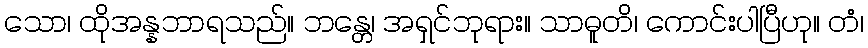
သော၊ ထိုအန္နဘာရသည်။ ဘန္တေ၊ အရှင်ဘုရား။ သာဓူတိ၊ ကောင်းပါပြီဟု။ တံ၊